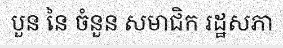
បួន នៃ ចំនួន សមាជិក រដ្ឋសភា